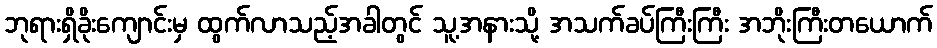
ဘုရားရှိခိုးကျောင်းမှ ထွက်လာသည့်အခါတွင် သူ့အနားသို့ အသက်ခပ်ကြီးကြီး အဘိုးကြီးတယောက်